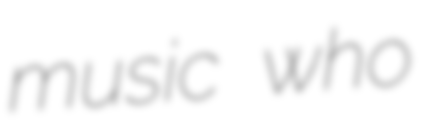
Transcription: music who